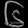
Digit: ၆